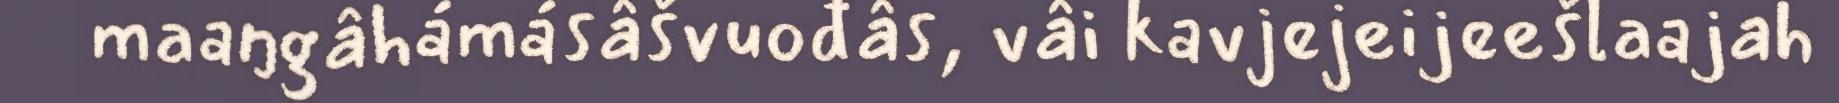
maaŋgâhámásâšvuođâs, vâi kavjejeijeešlaajah